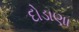
દોડાણા